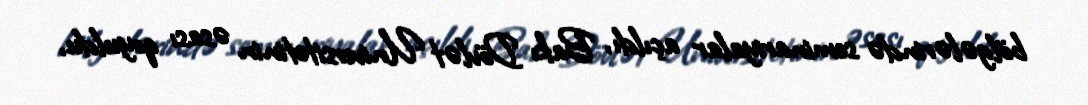
bölgələrində seminariyalar açıldı, Bakı Dövlət Universitetinin əsası qoyuldu,